Report of the Indian Hemp Drugs Commission, 1894-1895 - Volume IV
Year: 1894
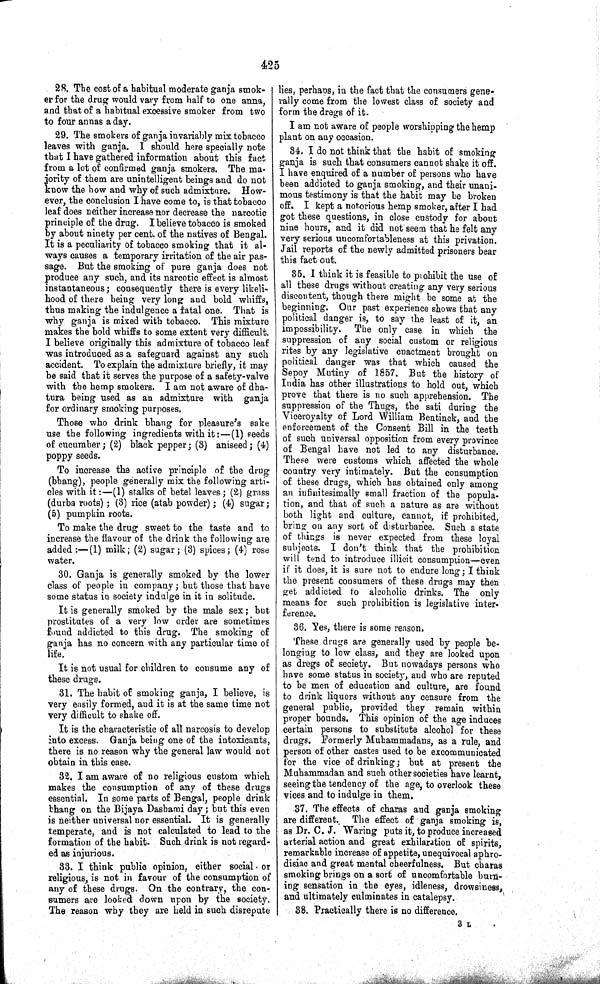
425
28. The cost of a habitual moderate ganja smok-
er for the drug would vary from half to one anna,
and that of a habitual excessive smoker from two
to four annas a day.
29. The smokers of ganja invariably mix tobacco
leaves with ganja. I should here specially note
that I have gathered information about this fact
from a lot of confirmed ganja smokers. The ma-
jority of them are unintelligent beings and do not
know the how and why of such admixture. How-
ever, the conclusion I have come to, is that tobacco
leaf does neither increase nor decrease the narcotic
principle of the drug. I believe tobacco is smoked
by about ninety per cent. of the natives of Bengal.
It is a peculiarity of tobacco smoking that it al-
ways causes a temporary irritation of the air pas-
sage. But the smoking of pure ganja does not
produce any such, and its narcotic effect is almost
instantaneous; consequently there is every likeli-
hood of there being very long and bold whiffs,
thus making the indulgence a fatal one. That is
why ganja is mixed with tobacco. This mixture
makes the bold whiffs to some extent very difficult.
I believe originally this admixture of tobacco leaf
was introduced as a safeguard against any such
accident. To explain the admixture briefly, it may
be said that it serves the purpose of a safety-valve
with the hemp smokers. I am not aware of dha-
tura being used as an admixture with ganja
for ordinary smoking purposes.
Those who drink bhang for pleasure's sake
use the following ingredients with it:—(1) seeds
of cucumber; (2) black pepper; (3) aniseed; (4)
poppy seeds.
To increase the active principle of the drug
(bbang), people generally mix the following arti-
cles with it:—(1) stalks of betel leaves; (2) grass
(durba roots); (3) rice (atab powder); (4) sugar;
(5) pumpkin roots.
To make the drug sweet to the taste and to
increase the flavour of the drink the following are
added:—(1) milk; (2) sugar; (3) spices; (4) rose
water.
30. Ganja is generally smoked by the lower
class of people in company; but those that have
some status in society indulge in it in solitude.
It is generally smoked by the male sex; but
prostitutes of a very low order are sometimes
found addicted to this drug. The smoking of
ganja has no concern with any particular time of
life.
It is not usual for children to consume any of
these drugs.
31. The habit of smoking ganja, I believe, is
very easily formed, and it is at the same time not
very difficult to shake off.
It is the characteristic of all narcosis to develop
into excess. Ganja being one of the intoxicants,
there is no reason why the general law would not
obtain in this case.
32. I am aware of no religious custom which
makes the consumption of any of these drugs
essential. In some parts of Bengal, people drink
bhang on the Bijaya Dashami day; but this even
is neither universal nor essential. It is generally
temperate, and is not calculated to lead to the
formation of the habit. Such drink is not regard-
ed as injurious.
33. I think public opinion, either social or
religious, is not in favour of the consumption of
any of these drugs. On the contrary, the con-
sumers are looked down upon by the society.
The reason why they are held in such disrepute
lies, perhaps, in the fact that the consumers gene-
rally come from the lowest class of society and
form the dregs of it.
I am not aware of people worshipping the hemp
plant on any occasion.
34. I do not think that the habit of smoking
ganja is such that consumers cannot shake it off.
I have enquired of a number of persons who have
been addicted to ganja smoking, and their unani-
mous testimony is that the habit may be broken
off. I kept a notorious hemp smoker, after I had
got these questions, in close custody for about
nine hours, and it did not seem that he felt any
very serious uncomfortableness at this privation.
Jail reports of the newly admitted prisoners bear
this fact out.
35. I think it is feasible to prohibit the use of
all these drugs without creating any very serious
discontent, though there might be some at the
beginning. Our past experience shows that any
political danger is, to say the least of it, an
impossibility. The only case in which the
suppression of any social custom or religious
rites by any legislative enactment brought on
political danger was that which caused the
Sepoy Mutiny of 1857. But the history of
India has other illustrations to hold out, which
prove that there is no such apprehension. The
suppression of the Thugs, the sati during the
Viceroyalty of Lord William Bentinck, and the
enforcement of the Consent Bill in the teeth
of such universal opposition from every province
of Bengal have not led to any disturbance.
These were customs which affected the whole
country very intimately. But the consumption
of these drugs, which has obtained only among
an infinitesimally small fraction of the popula-
tion, and that of such a nature as are without
both light and culture, cannot, if prohibited,
bring on any sort of disturbance. Such a state
of things is never expected from these loyal
subjects. I don't think that the prohibition
will tend to introduce illicit consumption—even
if it does, it is sure not to endure long; I think
the present consumers of these drugs may then
get addicted to alcoholic drinks. The only
means for such prohibition is legislative inter-
ference.
36. Yes, there is some reason.
These drugs are generally used by people be-
longing to low class, and they are looked upon
as dregs of seciety. But nowadays persons who
have some status in society, and who are reputed
to be men of education and culture, are found
to drink liquors without any censure from the
general public, provided they remain within
proper bounds. This opinion of the age induces
certain persons to substitute alcohol for these
drugs. Formerly Muhammadans, as a rule, and
person of other castes used to be excommunicated
for the vice of drinking; but at present the
Muhammadan and such other societies have learnt,
seeing the tendency of the age, to overlook these
vices and to indulge in them.
37. The effects of charas and ganja smoking
are different. The effect of ganja smoking is,
as Dr. C. J. Waring puts it, to produce increased
arterial action and great exhilaration of spirits,
remarkable increase of appetite, unequivocal aphro-
disiac and great mental cheerfulness. But charas
smoking brings on a sort of uncomfortable burn-
ing sensation in the eyes, idleness, drowsiness,
and ultimately culminates in catalepsy.
38. Practically there is no difference.
3 L